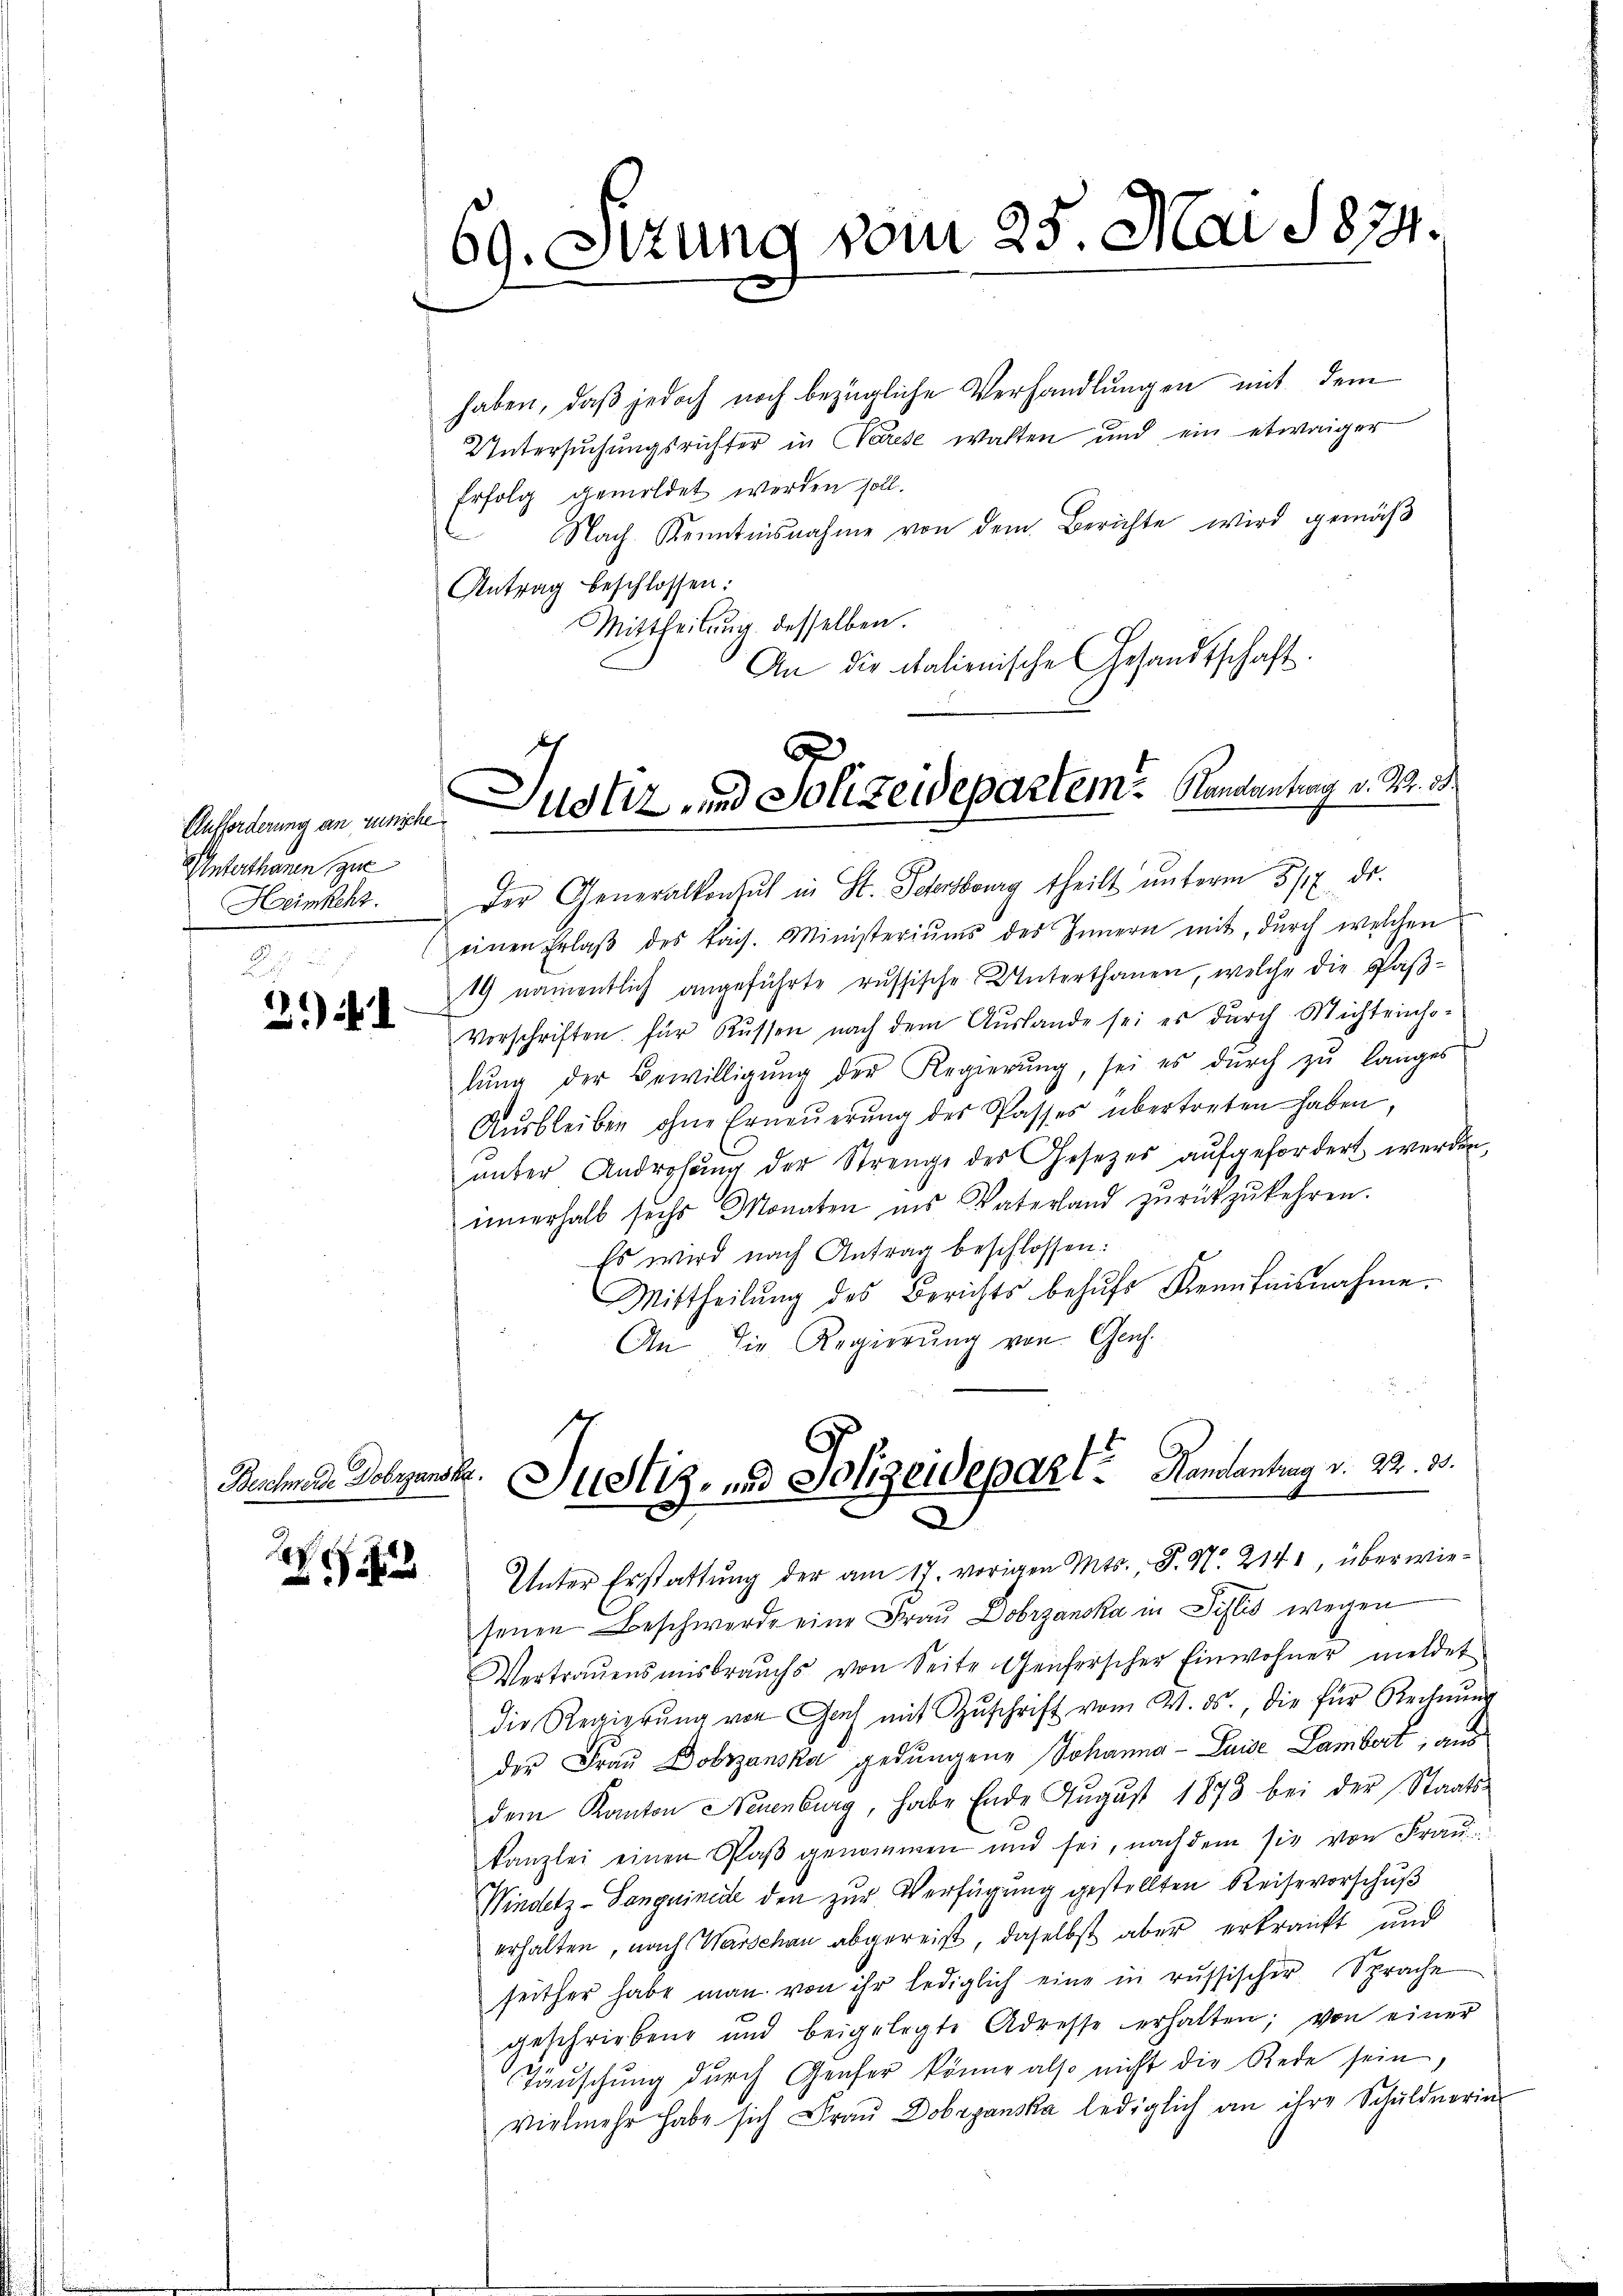
Unterthanen zur
Heimkehrt.

2
2) f. I

1

69. Ottung vom 25. Mai 1874.

haben, daß jedoch noch bezügliche Verhandlungen mit dem
Untersuchungsrichter in Parise walten und ein etwaiger
Erfolg gemeldet werden soll.
 Nach Kenntnisnahme von dem Berichte wird gemäβ
Antrag beschlossen:
Mittheilŭng desselben.
An die italienische Gesandtschaft.
Der Generalkonsuch in St. Sehrsburg theilt unterm 5/7. ds.
einen Erlaβ des kais. Ministeriŭms des Innern mit, durch welchen
19 namentlich angeführte russische Unterthanen, welche die Paß¬
Vorschriften für Russen nach dem Auslande sei es durch Michteinho-
lŭng der Bewilligŭng der Regierŭng, sei es dŭrch zŭ langes
Aŭsbleiben ohne Erneŭerŭng des Passes übertreten haben,
ŭnter Androhŭng der Strenge des Gesetzes aufgefordert werden,
innerhalb sechs Monaten ins Vaterland zŭrückzukehren.
Es wird nach Antrag beschlossen:
Mittheilŭng des Berichts behŭfs Kenntnisnahme.
An die Regierung von Genf.
Bechende Dobejunsk. Justiz- und Polizeidepart? Handantrag v. 22. 80.
Unter Erstattŭng der am 17. vorigen Mts., S. Nr. 214, überwiesenen Beschwerde eine Frau Dobrzanska in Sistis wegen
Vertrauensmisbrauchs von Seite Genferscher Einwohner meldet
die Regierŭng von Gach mit Zŭschrift vom 21. ds., die für Rechnŭng
der Frau Dobrzanska gedungene Johanna - Luise Lambert, aus
dem Kanton Neuenburg, habe Ende Aŭgŭst 1873 bei der Staats-
kanzlei einen Plaβ genommen und sei, nachdem sie von Fraŭ
Windetz-Sanguinirte den zur Verfügung gestellten Reisevorschuß
erhalten, nach Warschau abgereist, daselbst aber erkrauft und
seither habe man von ihr lediglich eine in russischer Sprache
geschriebene und beigelegte Adresse erhalten; von einer
Täuschung durch Genfer könne also nicht die Rede sein,
vielmehr habe sich Fraŭ Dobryanska lediglich an ihre Schuldnerin

Anforderung an wünsche Notiz und Solizeidepartem Randantrag v. Nr. 38